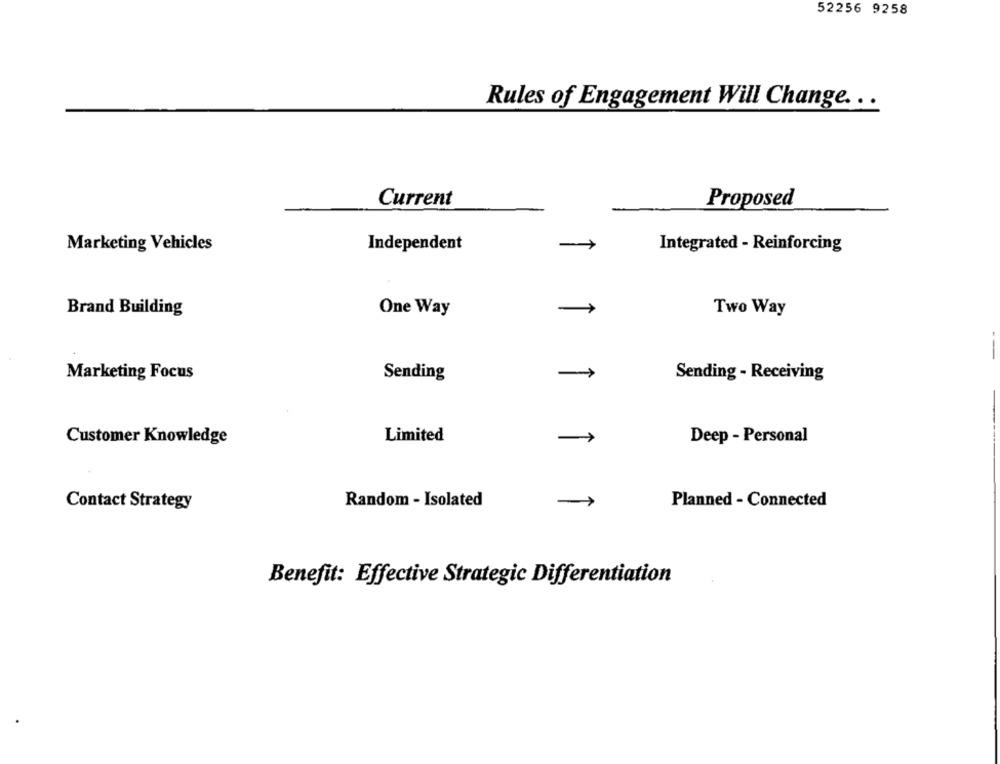
52256 9258
Rules of Engagement Will Change. . .
Current
Proposed
Marketing Vehicles
Independent
-
Integrated - Reinforcing
Brand Building
One Way
-
Two Way
--
Marketing Focus
Sending
Sending - Receiving
Customer Knowledge
Limited
Deep - Personal
Contact Strategy
Random - Isolated
Planned - Connected
Benefit: Effective Strategic Differentiation